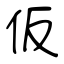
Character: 仮